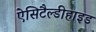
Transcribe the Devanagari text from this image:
ऐसिटैल्डीहाइड